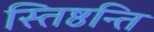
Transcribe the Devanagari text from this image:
स्तिष्ठन्ति